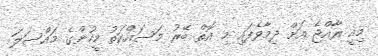
މިއީ ރާއްޖެ އަށް ދިމާވެފައި މި އޮތް ބޭރު މަސައްކަތު މީހުންގެ މައްސަލަ